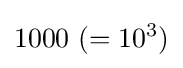
1000\ (=10^{3})